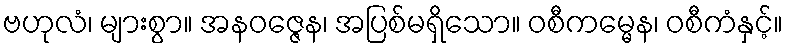
ဗဟုလံ၊ များစွာ။ အနဝဇ္ဇေန၊ အပြစ်မရှိသော။ ဝစီကမ္မေန၊ ဝစီကံနှင့်။